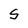
Character: S